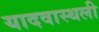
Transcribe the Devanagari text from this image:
यादवास्थली